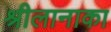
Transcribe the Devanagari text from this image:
श्रीलानाका